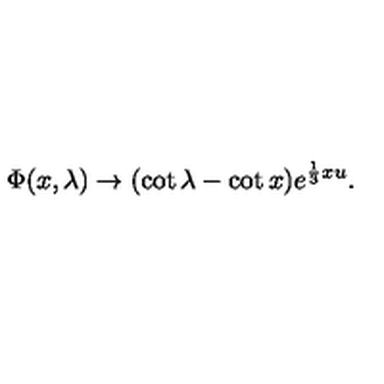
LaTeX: \Phi ( x , \lambda ) \rightarrow ( \cot \lambda - \cot x ) e ^ { \frac { 1 } { 3 } x u } .